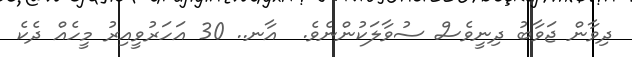
ދިވާން ޖަވާބު ދިނީވެސް ސުވާލަކުންނެވެ.  އާނ.. 30 އަހަރުވީއިރު މީހެއް ދެކެ